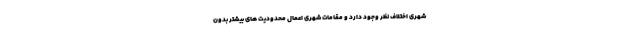
شهری اختلاف نظر وجود دارد و مقامات شهری اعمال محدودیت های بیشتر بدون